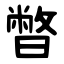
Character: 暼